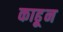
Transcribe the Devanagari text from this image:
काढू्न